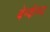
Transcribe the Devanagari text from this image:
बेर्ग्कम्प